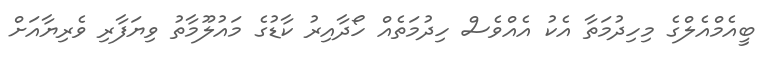
ބީއެމްއެލްގެ މިހިދުމަތާ އެކު އެއްވެސް ހިދުމަތެއް ހޯދާއިރު ކާޑުގެ މައުލޫމާތު ވިޔަފާރި ވެރިޔާއަށް